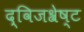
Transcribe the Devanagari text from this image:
द्विजश्रेष्ट